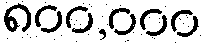
၈၀၀,၀၀၀